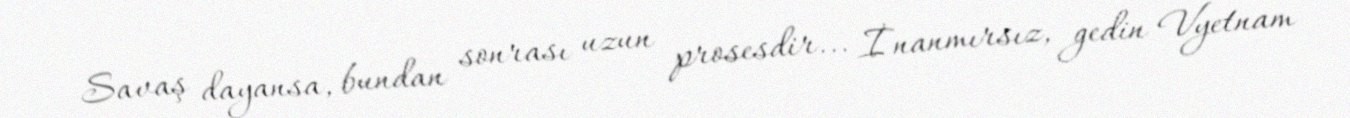
Savaş dayansa, bundan sonrası uzun prosesdir... İnanmırsız, gedin Vyetnam